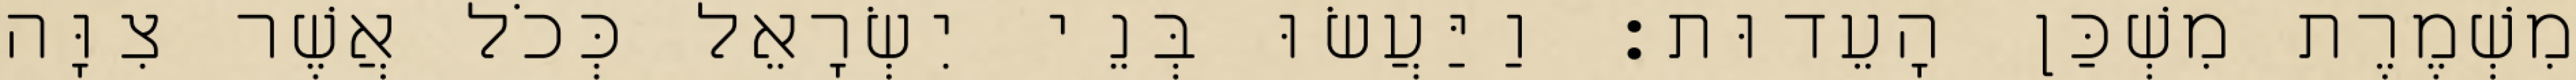
מִשְׁמֶרֶת מִשְׁכַּן הָעֵדוּת׃ וַיַּעֲשׂוּ בְּנֵי יִשְׂרָאֵל כְּכֹל אֲשֶׁר צִוָּה